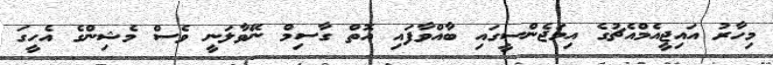
މިހާރު އައިޖީއެމްއެޗުގެ އިމަޖެންސީގައި ބާއްވާފައި އޮތް ގާސިމް ނޭވާލަނީ ވެސް މެޝިންގެ އެހީގަ